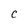
Character: C